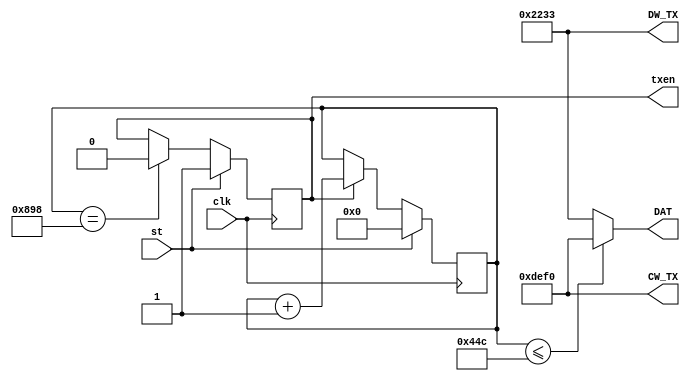
`timescale 1ns / 1ps
//////////////////////////////////////////////////////////////////////////////////
// Company: 
// Engineer: 
// 
// Design Name: 
// Module Name:    Gen_txen_DAT 
// Project Name: 
// Target Devices: 
// Tool versions: 
// Description: 
//
// Dependencies: 
//
// Revision: 
// Revision 0.01 - File Created
// Additional Comments: 
//
//////////////////////////////////////////////////////////////////////////////////
module Gen_txen_DAT(input st,   output reg txen=0,
                    input clk,  output wire[15:0] DAT,
                                output wire[15:0] CW_TX,
                                output wire[15:0] DW_TX);

    assign CW_TX    = 16'hDEF0; // my CW ( 1)
    assign DW_TX    = 16'h2233; // my W ( 1)

    reg [13:0]cb_txen=0;

    wire ce_end     = (cb_txen == 2200); //20ns*1100=22 000ns=22us>20us
    assign dat_en   = (cb_txen <= 1100);
    assign DAT 	    = dat_en ? CW_TX : DW_TX;

    always @ (posedge clk) begin
        txen    <= st? 1 : ce_end   ? 0         : txen;
        cb_txen <= st? 0 : txen     ? cb_txen+1 : cb_txen;
    end

endmodule